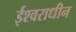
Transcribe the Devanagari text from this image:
ईश्वराधीन